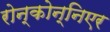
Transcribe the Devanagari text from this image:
रोन्कोन्निएर